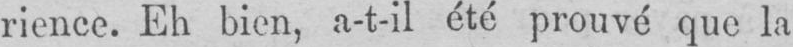
rience. Eh bien, a-t-il été prouvé que la